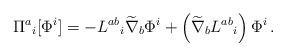
LaTeX: \begin{align*}\Pi^a{}_i [\Phi^i] =- L^{a b}{}_i \widetilde{\nabla}_b \Phi^i + \left( \widetilde{\nabla}_b L^{a b}{}_i \right) \Phi^i \,.\end{align*}